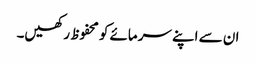
ان سے اپنے سرمائے کو محفوظ رکھیں۔